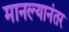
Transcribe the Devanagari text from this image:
मानल्यानंतर